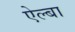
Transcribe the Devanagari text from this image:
ऐल्बा